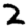
Digit: 2